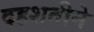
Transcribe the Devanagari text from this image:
दहशतीने